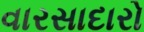
વારસાદારો